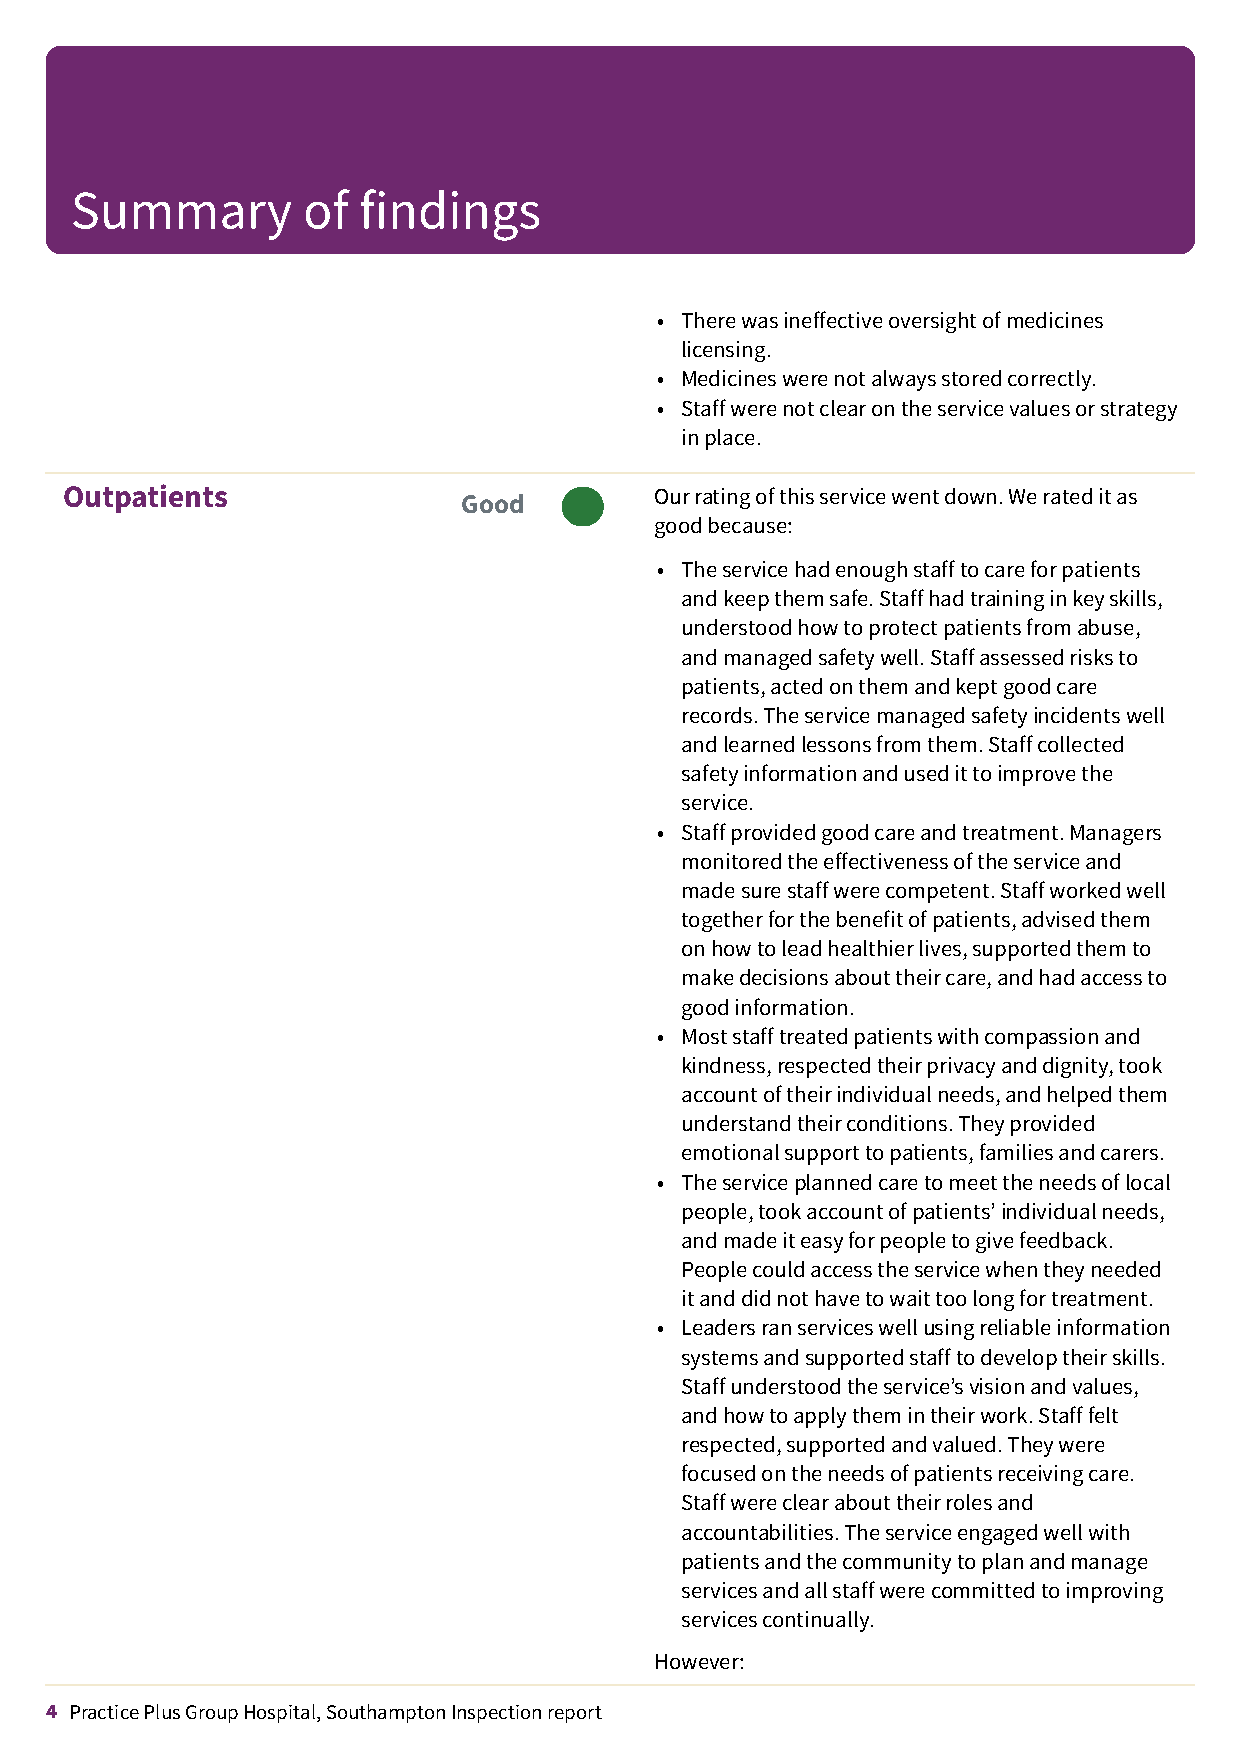
Summary        of  findings
 • Therewasineffectiveoversightofmedicines
 licensing.
 • Medicineswerenotalwaysstoredcorrectly.
 • Staffwerenotclearontheservicevaluesorstrategy
 inplace.
 Outpatients                            Ourratingofthisservicewentdown.Werateditas
 Good  –––
 goodbecause:
 • Theservicehadenoughstafftocareforpatients
 andkeepthemsafe.Staffhadtraininginkeyskills,
 understoodhowtoprotectpatientsfromabuse,
 andmanagedsafetywell.Staffassessedrisksto
 patients,actedonthemandkeptgoodcare
 records.Theservicemanagedsafetyincidentswell
 andlearnedlessonsfromthem.Staffcollected
 safetyinformationandusedittoimprovethe
 service.
 • Staffprovidedgoodcareandtreatment.Managers
 monitoredtheeffectivenessoftheserviceand
 madesurestaffwerecompetent.Staffworkedwell
 togetherforthebenefitofpatients,advisedthem
 onhowtoleadhealthierlives,supportedthemto
 makedecisionsabouttheircare,andhadaccessto
 goodinformation.
 • Moststafftreatedpatientswithcompassionand
 kindness,respectedtheirprivacyanddignity,took
 accountoftheirindividualneeds,andhelpedthem
 understandtheirconditions.Theyprovided
 emotionalsupporttopatients,familiesandcarers.
 • Theserviceplannedcaretomeettheneedsoflocal
 people,tookaccountofpatients’individualneeds,
 andmadeiteasyforpeopletogivefeedback.
 Peoplecouldaccesstheservicewhentheyneeded
 itanddidnothavetowaittoolongfortreatment.
 • Leadersranserviceswellusingreliableinformation
 systemsandsupportedstafftodeveloptheirskills.
 Staffunderstoodtheservice’svisionandvalues,
 andhowtoapplythemintheirwork.Stafffelt
 respected,supportedandvalued.Theywere
 focusedontheneedsofpatientsreceivingcare.
 Staffwereclearabouttheirrolesand
 accountabilities.Theserviceengagedwellwith
 patientsandthecommunitytoplanandmanage
 servicesandallstaffwerecommittedtoimproving
 servicescontinually.
 However:
 4 Practice Plus Group Hospital, Southampton Inspection report